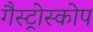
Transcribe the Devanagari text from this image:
गैस्ट्रोस्कोप